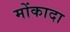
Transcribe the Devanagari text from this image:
मोंकादा